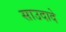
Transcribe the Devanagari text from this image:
साउदादे